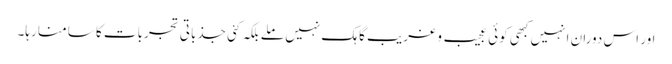
اور اس دوران انہیں کبھی کوئی عجیب و غریب گاہک نہیں ملے بلکہ کئی جذباتی تجربات کا سامنا رہا۔